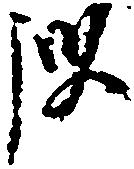
沙